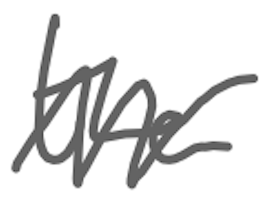
Text: the
Cross-out: zig-zag
Writing tool: digital_gray